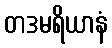
တဒမရိယာနံ